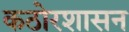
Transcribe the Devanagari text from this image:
कठोरशासन